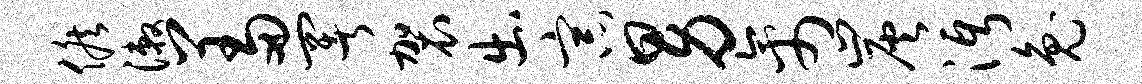
候漱羞署袈出宗男禽炭沔兔